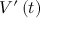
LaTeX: V ^ { \prime } \left( t \right)